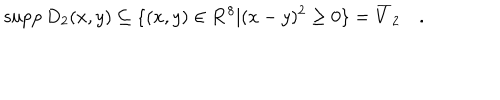
LaTeX: \mathrm { s u p p } \, D _ { 2 } ( x , y ) \subseteq \{ ( x , y ) \in { \bf { R } } ^ { 8 } | ( x - y ) ^ { 2 } \geq 0 \} = \overline { { { V } } } _ { 2 } \quad .